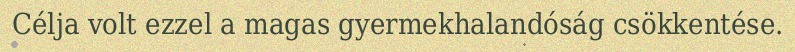
Célja volt ezzel a magas gyermekhalandóság csökkentése.